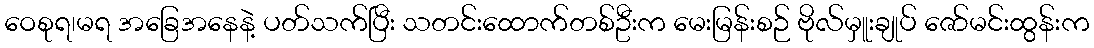
ဝေစုရ၊မရ အခြေအနေနဲ့ ပတ်သက်ပြီး သတင်းထောက်တစ်ဦးက မေးမြန်းစဉ် ဗိုလ်မှူးချုပ် ဇော်မင်းထွန်းက